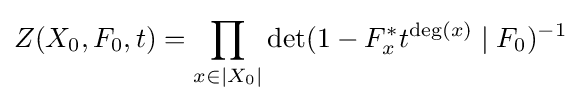
Z(X_{0},F_{0},t)=\prod _{x\in |X_{0}|}\det(1-F_{x}^{*}t^{\deg(x)}\mid F_{0})^{-1}